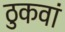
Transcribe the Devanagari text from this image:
ठुकवां